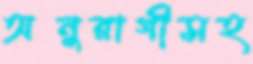
অনুরাগীসহ